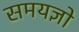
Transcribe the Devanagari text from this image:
समयज्ञो